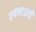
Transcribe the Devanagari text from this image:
एयलाऊची